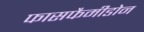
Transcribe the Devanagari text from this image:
फासफैमीडोन